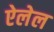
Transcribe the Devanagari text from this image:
ऐलेल